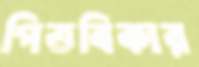
পিত্তবিকার